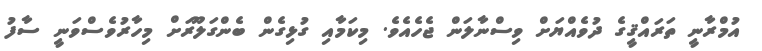
އުމްރާނީ ތަރައްޤީގެ ދުވެއްޔަށް ވިސްނާލަން ޖެހެއެވެ. މިކަމާއި ގުޅިގެން ބެންގަލޫރަށް މިހާރުވެސްވަނީ ސާފު